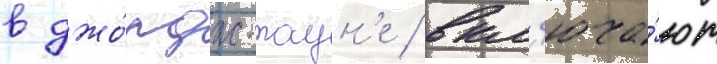
в джо́рдж-таун'е / вкл'юча́ют